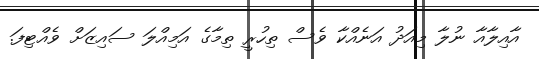
އާއިލާއާ ނުލާ މިއަދު އަނެއްކާ ވެސް ތިހުރީ ތިމާގެ އަމިއްލަ ސައިޒަށް ވެއްޓިފަ.